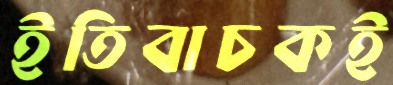
ইতিবাচকই